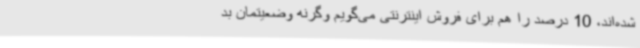
شده‌اند، 10 درصد را هم برای فروش اینترنتی می‌گویم وگرنه وضعیتمان بد